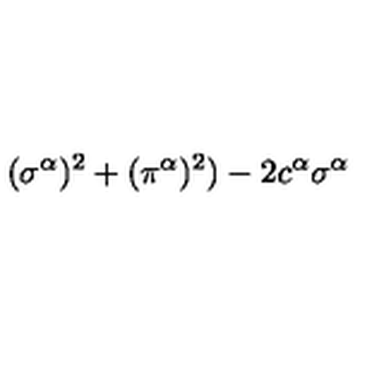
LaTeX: ( \sigma ^ { \alpha } ) ^ { 2 } + ( \pi ^ { \alpha } ) ^ { 2 } ) - 2 c ^ { \alpha } \sigma ^ { \alpha }